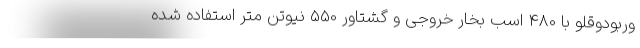
وربودوقلو با 480 اسب بخار خروجی و گشتاور 550 نیوتن متر استفاده شده